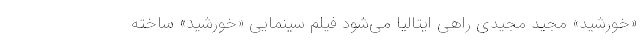
«خورشید» مجید مجیدی راهی ایتالیا می‌شود فیلم سینمایی «خورشید» ساخته